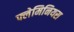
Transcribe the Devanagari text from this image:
फ्लेमिनियस